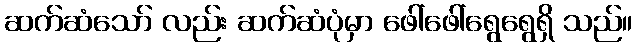
ဆက်ဆံသော် လည်း ဆက်ဆံပုံမှာ ဖေါ်ဖေါ်ရွေရွေရှိ သည်။